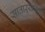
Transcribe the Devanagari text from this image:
साताऱ्याजवळ